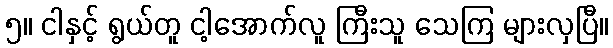
၅။ ငါနှင့် ရွယ်တူ ငါ့အောက်လူ ကြီးသူ သေကြ များလှပြီ။